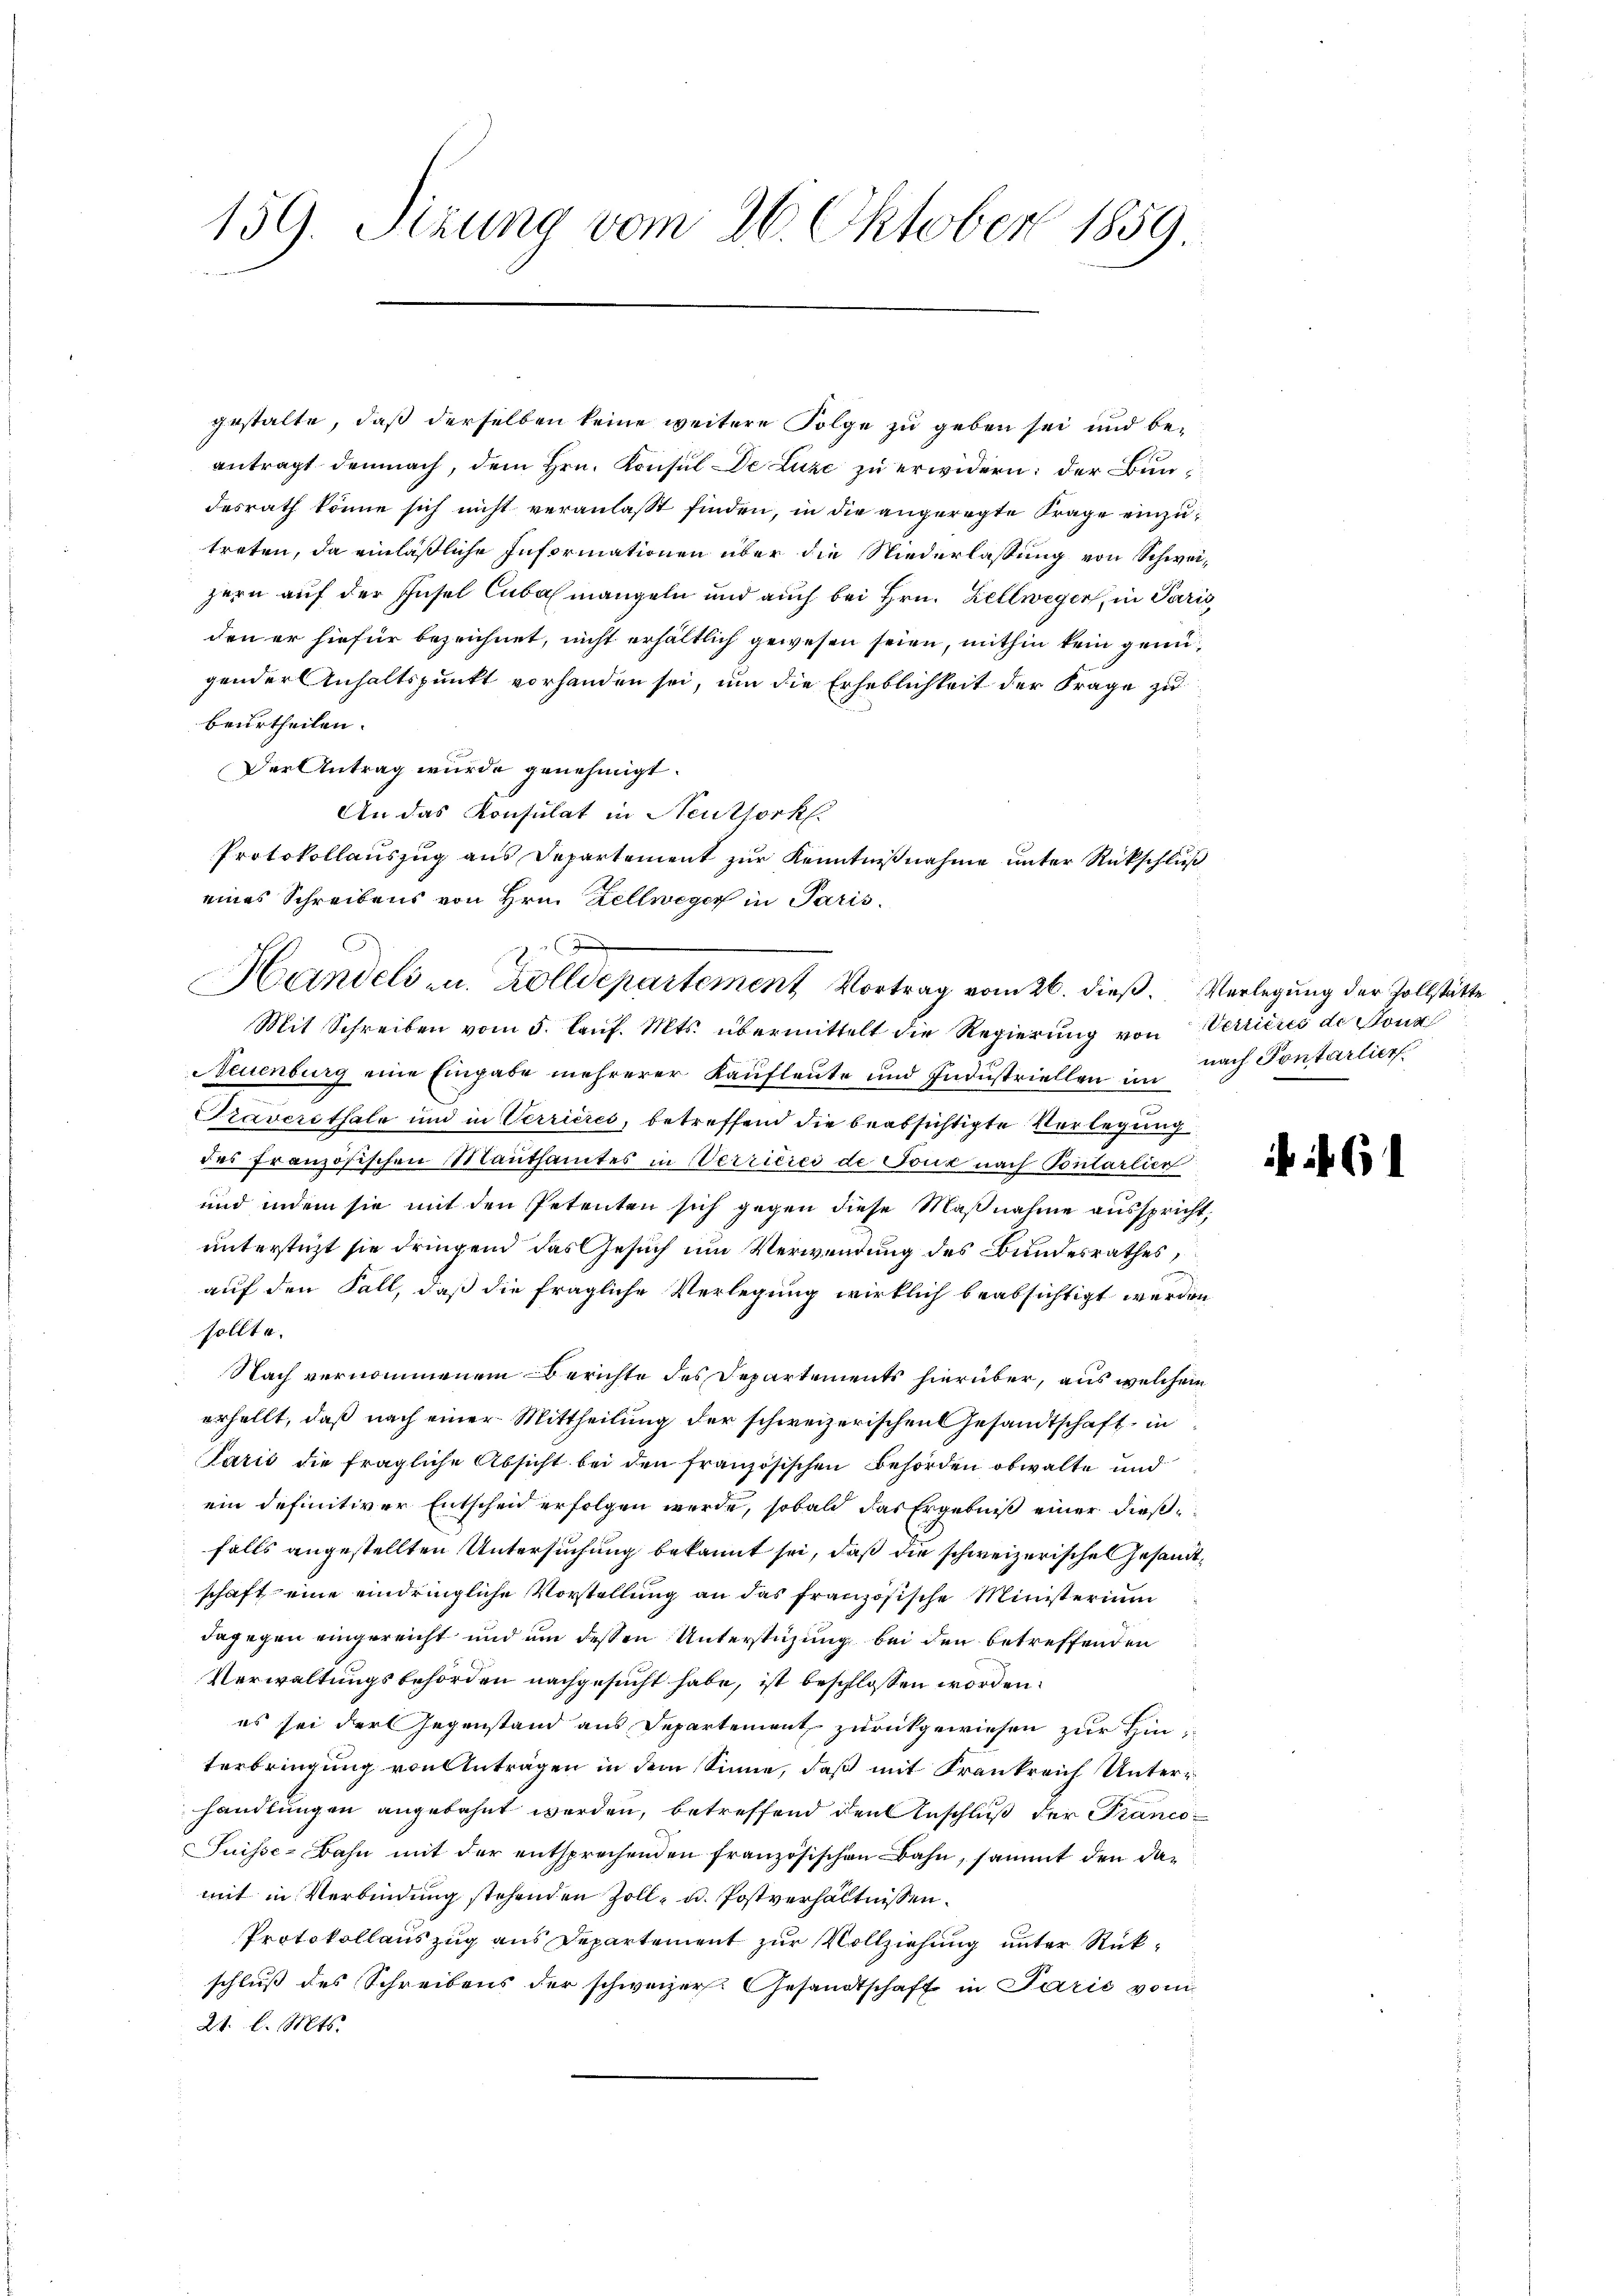
159. Dezung vom 26. Oktober 1859

gestalte, daß derselben keine weitere Folge zu geben sei und beantragt demnach, dem Hrn. Konsul de Luze zu erwidern; der Bundesrath könne sich nicht veranlaßt finden, in die angeregte Frage einzutreten, da einläßliche Informationen über die Niederlassung von Schweizern auf der Insel Cubal mangeln und auch bei Hrn. Zellweger, in Paris
den er hiefür bezeichnet, nicht erhältlich gewesen seien, mithin kein genügender Anhaltspunkt vorhanden sei, um die Erheblichkeit der Frage zu
beurtheilen.
Der Antrag wurde genehmigt.
An das Konsulat in Neuthork
Protokollauszug aus Departement zur Kenntnißnahme unter Rückschluß
eines Schreibens von Hrn. Zellweger in Paris
Mit Schreiben vom 5. laŭf. Mts. übermittelt die Regierung von Verrieres de Bonz
Neuenburg eine Eingabe mehrerer Kaufleute und Industriellen im
Präverethale und in Verrieres, betreffend die beabsichtigte Verlegung
des französischen Mauthamtes in Verrieres de Joux nach Pontarlier
und indem sie mit den Petenten sich gegen diese Maßnahme ausspricht,
unterstüzt sie dringend das Gesuch um Verwendung des Bundesrathes,
auf den Fall, daß die fragliche Verlegung wirklich beabsichtigt werden
sollte.
Nach vernommenem Berichte des Departements hierüber, aus welchem
erhellt, daß nach einer Mittheilung der schweizerischen Gesandtschaft in
Paris die fragliche Absicht bei den französischen Behörden obwalte und
ein definitiver Entscheid erfolgen werde, sobald das Ergebniß einer dießfalls angestellten Untersuchung bekannt sei, daß die schweizerische Gesandtschaft eine eindringliche Vorstellung an das französische Ministerium
dagegen eingereicht und um dessen Unterstüzung bei den betreffenden
Verwaltungsbehörden nachgesucht habe, ist beschlossen worden.
es sei der Gegenstand aus Departement zurückgewiesen zur Hinterbringung von Antragen in dem Sinne, daß mit Frankreich Unterr
handlungen angebahnt werden, betreffend den Anschluß der Franco¬
Suisse Bahn mit der entsprechenden Französischen Bahn, sammt den damit in Verbindung stehenden Zoll- u. Postverhältnissen.
Protokollauszug aus Departement zur Vollziehung unter Rückschluß des Schreibens der schweizer. Gesandtschaft in Parić vom
21. l. Mts.

x
Handels- u. Zolldepartement Vortrag vom 26. dieß Verlegung der Zollstätte

nach Pontarlier

61